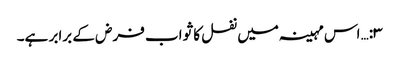
۳:… اس مہینہ میں نفل کا ثواب فرض کے برابر ہے۔